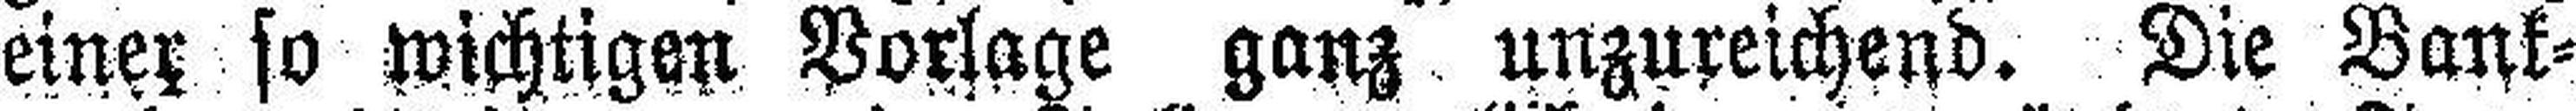
einer so wichtigen Vorlage ganz unzureichend. Die Bank¬